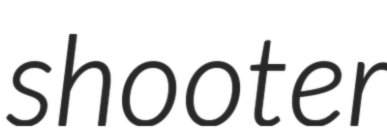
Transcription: shooter